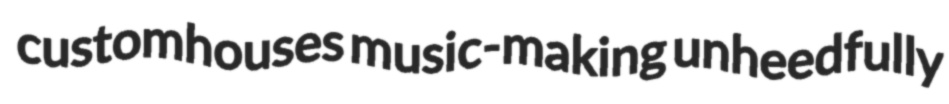
customhouses music-making unheedfully